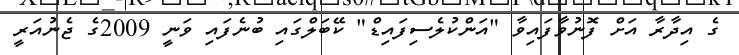
ގެ އިދާރާ އަށް ފޮނުވާފައިވާ "އަންކުލެސިފައިޑް" ކޭބަލްގައި ބުނެފައި ވަނީ 2009ގެ ޖެނުއަރީ